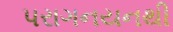
પરાગનયનથી